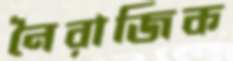
নৈরাজিক